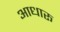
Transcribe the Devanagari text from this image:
आधारू